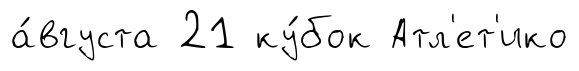
а́вгуста 21 ку́бок Атл'ет'ико